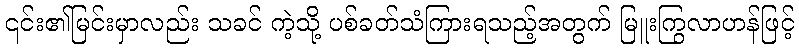
၎င်း၏မြင်းမှာလည်း သခင် ကဲ့သို့ ပစ်ခတ်သံကြားရသည့်အတွက် မြူးကြွလာဟန်ဖြင့်